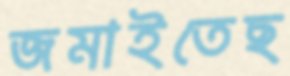
জমাইতেছ